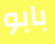
بابو